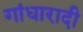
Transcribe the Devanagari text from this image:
गांधारादी